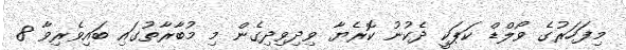
މިފަހަރުގެ ވޯލްޑް ކަޕަކީ ދެކުނު ކޮރެޔާ ވިދިވިދިގެން މި މުބާރާތުގައި ބައިވެރިވާ 8